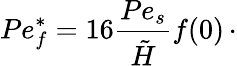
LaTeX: Pe_{f}^{\ast}=16\frac{Pe_{s}}{\tilde{H}}f(0)\, \cdot